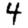
Digit: 4